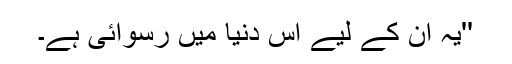
''یہ ان کے لیے اس دنیا میں رسوائی ہے۔